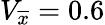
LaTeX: V_{\overline{{x}}}=0.6